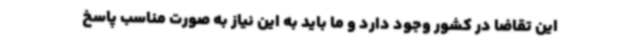
این تقاضا در کشور وجود دارد و ما باید به این نیاز به صورت مناسب پاسخ